Medical and sanitary report of the native army of Bengal for the year
Year: 1877
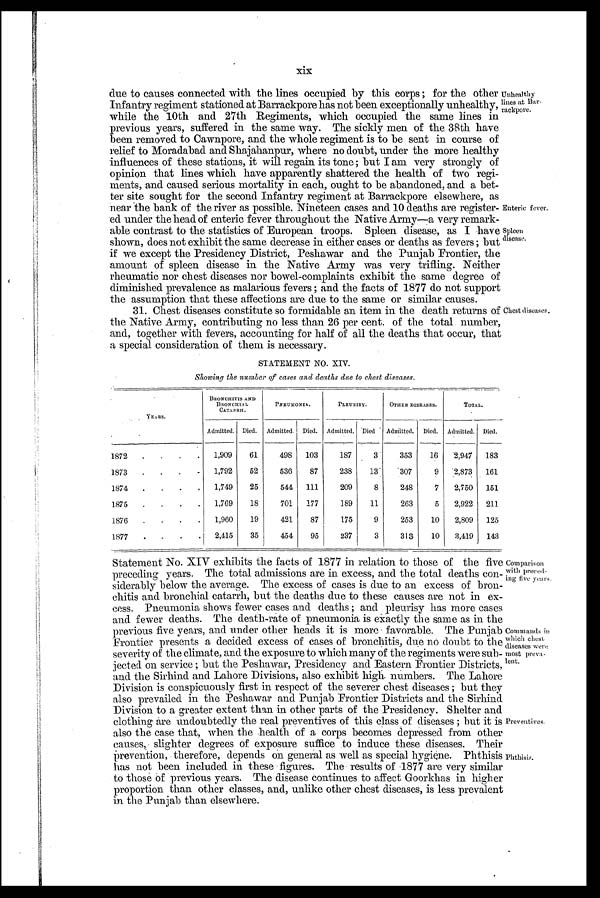
Enteric fever.
spleen
disease.
xix
due to causes connected with the lines occupied by this corps; for the other
Infantry regiment stationed at Barrackpore has not been exceptionally unhealthy,
while the 10th and 27th Regiments, which occupied the same lines in
previous years, suffered in the same way. The sickly men of the 38th have
been removed to Cawnpore, and the whole regiment is to be sent in course of
relief to Moradabad and Shajahanpur, where no doubt, under the more healthy
influences of these stations, it will regain its tone; but I am very strongly of
opinion that lines which have apparently shattered the health of two regi-
ments, and caused serious mortality in each, ought to be abandoned, and a bet-
ter site sought for the second Infantry regiment at Barrackpore elsewhere, as
near the bank of the river as possible. Nineteen cases and 10 deaths are register-
ed under the head of enteric fever throughout the Native Army—a very remark-
able contrast to the statistics of European troops. Spleen disease, as I have
shown, does not exhibit the same decrease in either cases or deaths as fevers; but
if we except the Presidency District, Peshawar and the Punjab Frontier, the
amount of spleen disease in the Native Army was very trifling. Neither
rheumatic nor chest diseases nor bowel-complaints exhibit the same degree of
diminished prevalence as malarious fevers ; and the facts of 1877 do not support
the assumption that these affections are due to the same or similar causes.
31. Chest diseases constitute so formidable an item in the death returns of
the Native Army, contributing no less than 26 per cent. of the total number,
and, together with fevers, accounting for half of all the deaths that occur, that
a special consideration of them is necessary.
STATEMENT NO. XIV.
S h o w i n g t h e n u m b e r o f c a s e s a n d d e a t h s d u e t o c h e s t d i s e a s e s .
Unhealthy
lines at Bar-
rackpore.
Chest diseases.
YEARS.
BRONCHI T I S AND
BRONCHI AL
CATARH.
P N R U M O N I A .
P L E A U R I S Y
O T H E R D I S E A S E S .
T O T A L .
Admitted. Died.
Admitted. Died. Admitted. Died
Admitted.
Died.
Admitted. Died.
1872
1,909
61
498
103
187
3
353
16
2,947
183
1873
1,792
52
530
87
238
13
307
9
2,873
161
1874
1,749
25
544
111
209
8
248
7
2,750
151
1875
1,769
18
701
177
189
11
263
5
2,922
211
1876
1,960
19
421
87
175
9
253
10
2,809
125
1877
2,415
35
454
95
237
3
313
10
3,419
143
Statement No. XIV exhibits the facts of 1877 in relation to those of the five
preceding years. The total admissions are in excess, and the total deaths con-
siderably below the average. The excess of cases is due to an excess of bron-
chitis and bronchial catarrh, but the deaths due to these causes are not in ex-
cess. Pneumonia shows fewer cases and deaths ; and pleurisy has more cases
and fewer deaths. The death-rate of pneumonia is eiactly the same as in the
previous five years, and under other heads it is more favorable. The Punjab
Frontier presents a decided excess of cases of bronchitis, due no doubt to the
severity of the climate, and the exposure to which many of the regiments were sub-
jected on service ; but the Peshawar, Presidency and Eastern Frontier Districts,
and the Sirhind and Lahore Divisions, also exhibit high. numbers. The, Lahore
Division is conspicuously first in respect of the severer chest diseases ; but they
also prevailed in the Peshawar and Punjab Frontier Districts and the Sirhind
Division to a greater extent than in other parts of the Presidency. Shelter and
clothing are undoubtedly the real preventives of this class of diseases ; but it is
also the case that, when the health of a corps becomes depressed from other
causes, slighter degrees of exposure suffice to induce these diseases. Their
prevention, therefore, depends on general as well as special hygiene. Phthisis
has not been included in these figures. The results of 1877 are very similar
to those of previous years. The disease continues to affect Goorkhas in higher
proportion than other classes, and, unlike other chest diseases, is less prevalent
in the Punjab than elsewhere.
Comparison
with preced--
ing five years.
Commands in
which chest
diseases wen:
most preva-
lent.
Preventives.
Phthisis.